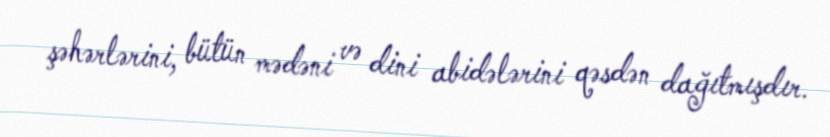
şəhərlərini, bütün mədəni və dini abidələrini qəsdən dağıtmışdır.